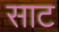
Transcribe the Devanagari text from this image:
साट